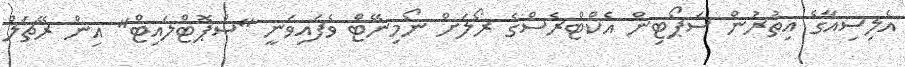
އެލިސިއާގެ އިތުރުން ސަޕޯޓިން އެކްޓްރެސްގެ ރޯލަށް ނޯމިނޭޓް ވެފައިވަނީ "ސްޕޮޓްލައިޓް" އިން ރޭޗަލް